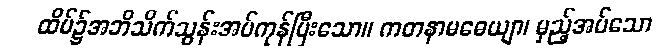
ထိပ်၌အဘိသိက်သွန်းအပ်ကုန်ပြီးသော။ ကတနာမဓေယျာ၊ မှည့်အပ်သော